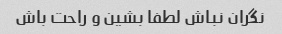
نگران نباش لطفا بشین و راحت باش